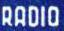
RADIO